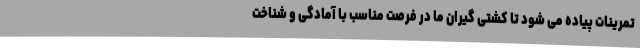
تمرینات پیاده می شود تا کشتی گیران ما در فرصت مناسب با آمادگی و شناخت